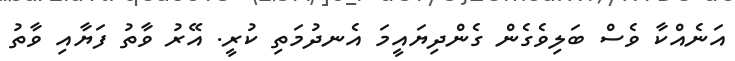
އަނެއްކާ ވެސް ބަލިވެގެން ގެންދިޔައީމަ އެނދުމަތި ކުރީ. އޭރު ވާތު ފަޔާއި ވާތު